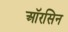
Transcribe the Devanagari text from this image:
ऑरसिन